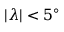
| \lambda | < 5 ^ { \circ }